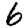
Digit: 6